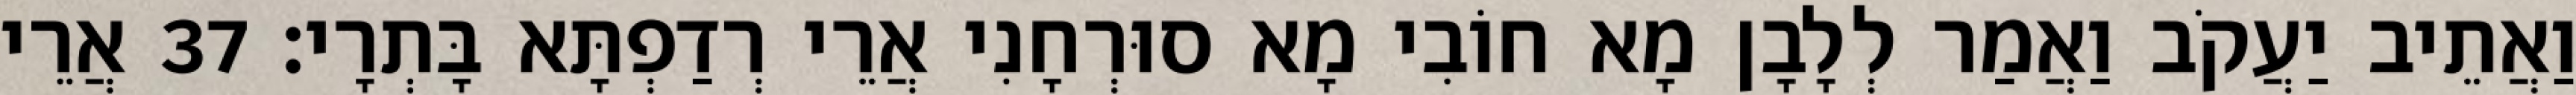
וַאֲתֵיב יַעֲקֹב וַאֲמַר לְלָבָן מָא חוֹבִי מָא סוּרְחָנִי אֲרֵי רְדַפְתָּא בָּתְרָי׃ 37 אֲרֵי